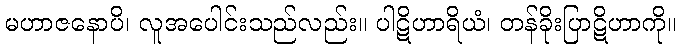
မဟာဇနောပိ၊ လူအပေါင်းသည်လည်း။ ပါဋိဟာရိယံ၊ တန်ခိုးပြာဋိဟာကို။